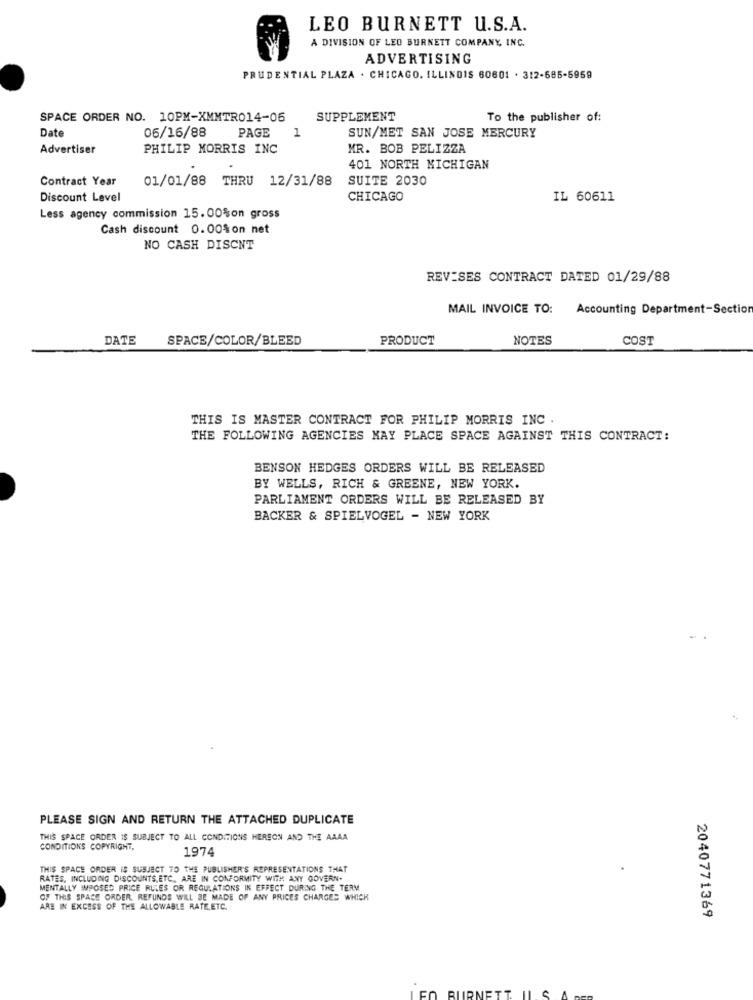
LEO BURNETT U.S.A.
A DIVISION OF LEO BURNETT COMPANY, INC.
ADVERTISING
PRUDENTIAL PLAZA . CHICAGO, ILLINOIS 60601 . 312-685-5959
SPACE ORDER NO. 10PM-XMMTR014-06
SUPPLEMENT
To the publisher of:
Date
06/16/88
PAGE
1
SUN/MET SAN JOSE MERCURY
Advertiser
PHILIP MORRIS INC
MR. BOB PELIZZA
401 NORTH MICHIGAN
Contract Year
01/01/88 THRU 12/31/88
SUITE 2030
Discount Level
CHICAGO
IL 60611
Less agency commission 15.00%on gross
Cash discount 0.00%on net
NO CASH DISCNT
REVISES CONTRACT DATED 01/29/88
MAIL INVOICE TO: Accounting Department-Section
DATE
SPACE/COLOR/BLEED
PRODUCT
NOTES
COST
THIS IS MASTER CONTRACT FOR PHILIP MORRIS INC .
THE FOLLOWING AGENCIES MAY PLACE SPACE AGAINST THIS CONTRACT:
BENSON HEDGES ORDERS WILL BE RELEASED
BY WELLS, RICH & GREENE, NEW YORK.
PARLIAMENT ORDERS WILL BE RELEASED BY
BACKER & SPIELVOGEL - NEW YORK
PLEASE SIGN AND RETURN THE ATTACHED DUPLICATE
THIS SPACE ORDER IS SUBJECT TO ALL CONDITIONS HEREON AND THE AAAA
CONDITIONS COPYRIGHT,
1974
THIS SPACE ORDER IS SUBJECT TO THE PUBLISHER'S REPRESENTATIONS THAT
RATES, INCLUDING DISCOUNTS,ETC. ARE IN CONFORMITY WITH ANY GOVERN-
MENTALLY IMPOSED PRICE RULES OR REGULATIONS IN EFFECT DURING THE TERM
OF THIS SPACE ORDER. REFUNDS WILL BE MADE OF ANY PRICES CHARGES WHICH
ARE IN EXCESS OF THE ALLOWABLE RATE,ETC.
2040771369
BURNET